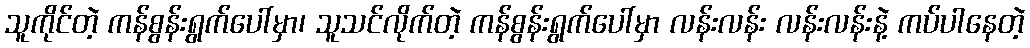
သူကိုင်တဲ့ ကန်စွန်းရွက်ပေါ်မှာ၊ သူသင်လိုက်တဲ့ ကန်စွန်းရွက်ပေါ်မှာ လန်းလန်း လန်းလန်းနဲ့ ကပ်ပါနေတဲ့